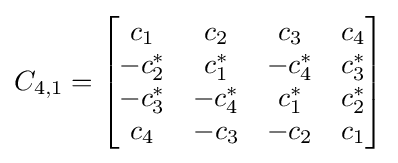
C_{4,1}={\begin{bmatrix}c_{1}&c_{2}&c_{3}&c_{4}\\-c_{2}^{*}&c_{1}^{*}&-c_{4}^{*}&c_{3}^{*}\\-c_{3}^{*}&-c_{4}^{*}&c_{1}^{*}&c_{2}^{*}\\c_{4}&-c_{3}&-c_{2}&c_{1}\end{bmatrix}}